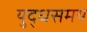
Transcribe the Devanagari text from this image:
युद्धसमय